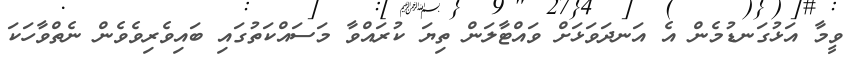
ވީމާ އަޅުގަނޑުމެން އެ އަނދަވަޅަށް ވައްޓާލަން ތިޔަ ކުރައްވާ މަސައްކަތުގައި ބައިވެރިވެވެން ނެތްވާހަކަ